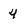
Character: 4